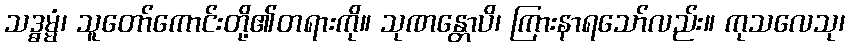
သဒ္ဓမ္မံ၊ သူတော်ကောင်းတို့၏တရားကို။ သုဏန္တောပိ၊ ကြားနာရသော်လည်း။ ကုသလေသု၊